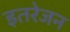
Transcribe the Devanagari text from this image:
इतरेजन